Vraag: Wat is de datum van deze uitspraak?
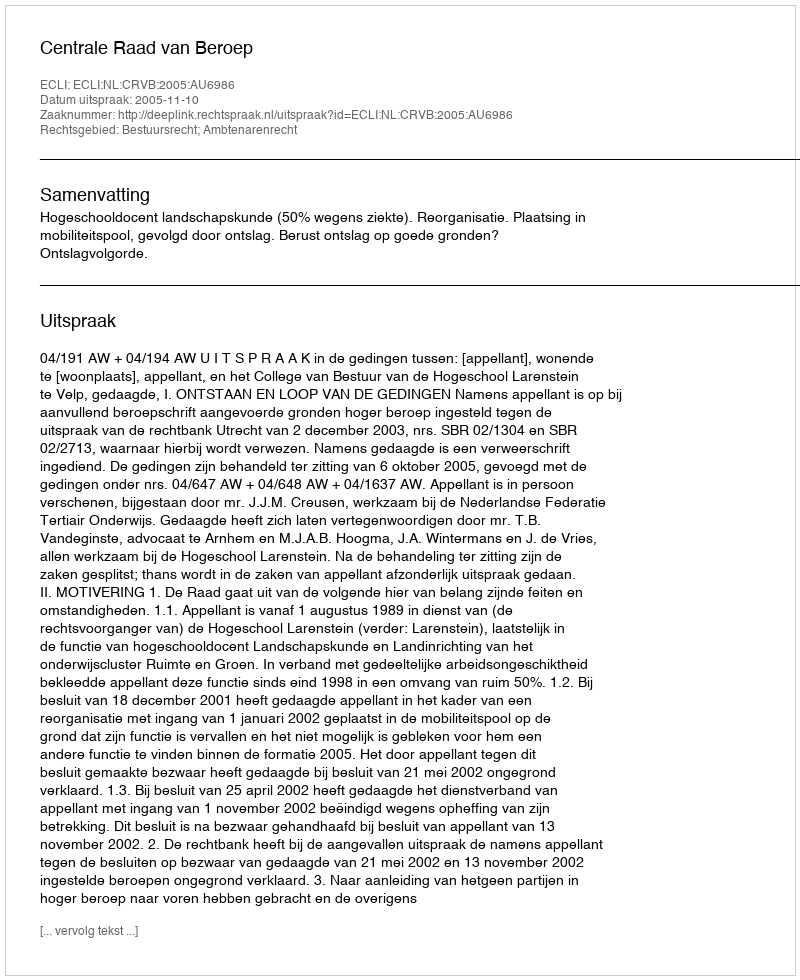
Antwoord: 2005-11-10